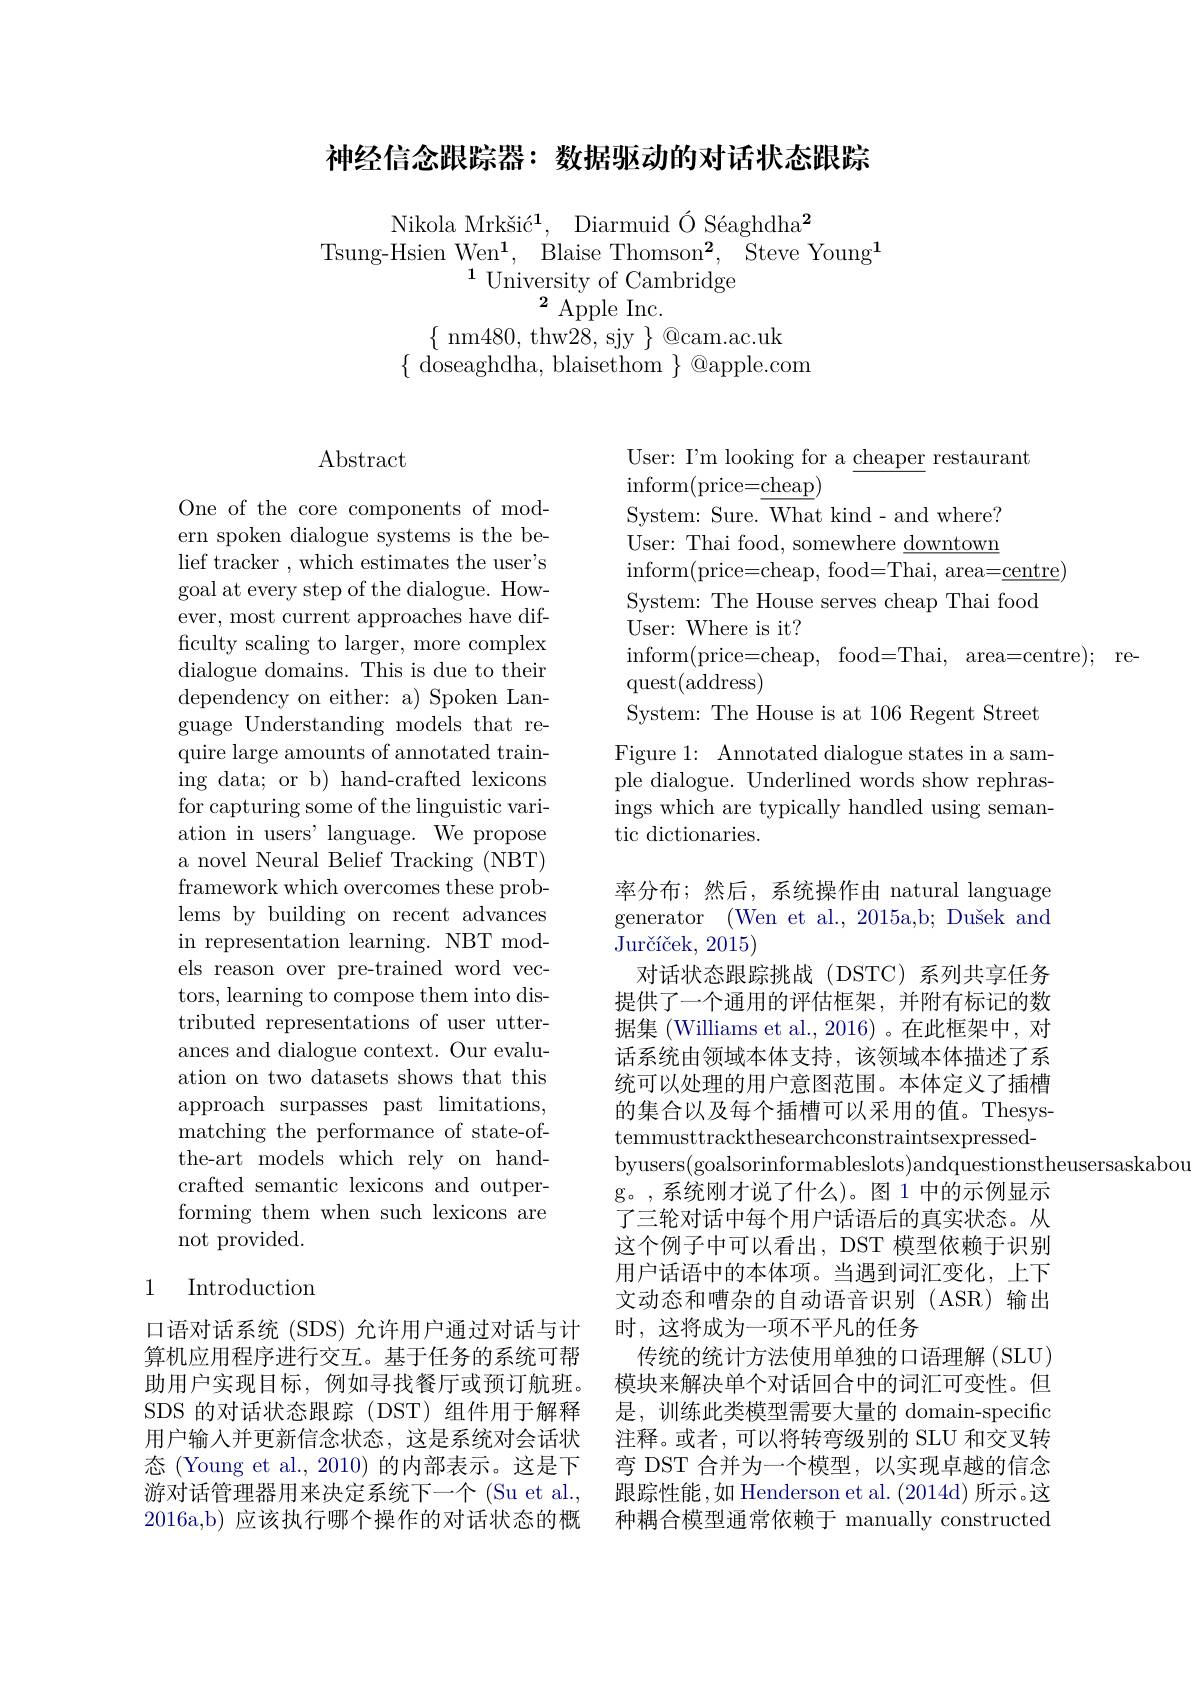
神经信念跟踪器：数据驱动的对话状态跟踪

Nikola Mrkšić$^1$, $\text{Diarmuid\' {O}S\' {e}aghdha}^2$
Tsung-Hsien Wen$^1$, Blaise Thomson$^2$, Steve Young$^1$
$^{1}$University of Cambridge
$^{2}$Apple Inc.
$\{$nm480, thw28, sjy$\}$@cam.ac.uk
$\{$ doseaghdha, blaisethom $\}$ @apple.com

## $\operatorname{Abstract}$

One of the core components of modern spoken dialogue systems is the belief tracker , which estimates the user's goal at every step of the dialogue. However, most current approaches have difficulty scaling to larger, more complex dialogue domains. This is due to their dependency on either: a) Spoken Language Understanding models that require large amounts of annotated training data; or b) hand-crafted lexicons for capturing some of the linguistic variation in users' language. We propose a novel Neural Belief Tracking (NBT) framework which overcomes these problems by building on recent advances in representation learning. NBT models reason over pre-trained word vectors, learning to compose them into distributed representations of user utterances and dialogue context. Our evaluation on two datasets shows that this approach surpasses past limitations, matching the performance of state-ofthe-art models which rely on handcrafted semantic lexicons and outperforming them when such lexicons are not provided.

## 1 Introduction

口语对话系统 (SDS) 允许用户通过对话与计算机应用程序进行交互。基于任务的系统可帮助用户实现目标，例如寻找餐厅或预订航班。SDS 的对话状态跟踪(DST)组件用于解释用户输入并更新信念状态，这是系统对会话状态 (Young et al., 2010) 的内部表示。这是下游对话管理器用来决定系统下一个 (Su et al., 2016a,b)应该执行哪个操作的对话状态的概

User: I'm looking for a $\underline\text{cheaper}$ restaurant
$\operatorname{inform}($price=$\underline\text{cheap})$
System: Sure. What kind- and where? User: Thai food, somewhere $\underline\text{downtown}$ $\operatorname{inform}($price=cheap, food=Thai, area=centre)
System: The House serves cheap Thai food
User: Where is it?
inform( price= cheap, food= Thai, area= centre) ; re-
$\operatorname{quest}(\operatorname{address})$
System: The House is at 106 Regent Street Figure 1: Annotated dialogue states in a sample dialogue. Underlined words show rephrasings which are typically handled using semantic dictionaries.

率分布；然后，系统操作由 natural language generator (Wen et al., 2015a,b; Dušek and Jurčíček, 2015)
对话状态跟踪挑战(DSTC)系列共享任务提供了一个通用的评估框架，并附有标记的数据集 (Williams et al.,2016)。在此框架中，对话系统由领域本体支持，该领域本体描述了系统可以处理的用户意图范围。本体定义了插槽的集合以及每个插槽可以采用的值。Thesystemmusttrackthesearchconstraintsexpressedbyusers(goalsorinformableslots)andquestionstheusersaskabou
g。,系统刚才说了什么)。图 1 中的示例显示了三轮对话中每个用户话语后的真实状态。从这个例子中可以看出，DST 模型依赖于识别用户话语中的本体项。当遇到词汇变化，上下文动态和嘈杂的自动语音识别(ASR)输出时，这将成为一项不平凡的任务
传统的统计方法使用单独的口语理解(SLU) 模块来解决单个对话回合中的词汇可变性。但是，训练此类模型需要大量的 domain-specific 注释。或者，可以将转弯级别的 SLU 和交叉转弯 DST 合并为一个模型，以实现卓越的信念跟踪性能，如 Henderson et al. (2014d) 所示。这种耦合模型通常依赖于 manually constructed